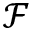
\mathcal { F }